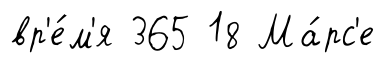
вр'е́м'я 365 18 Ма́рс'е